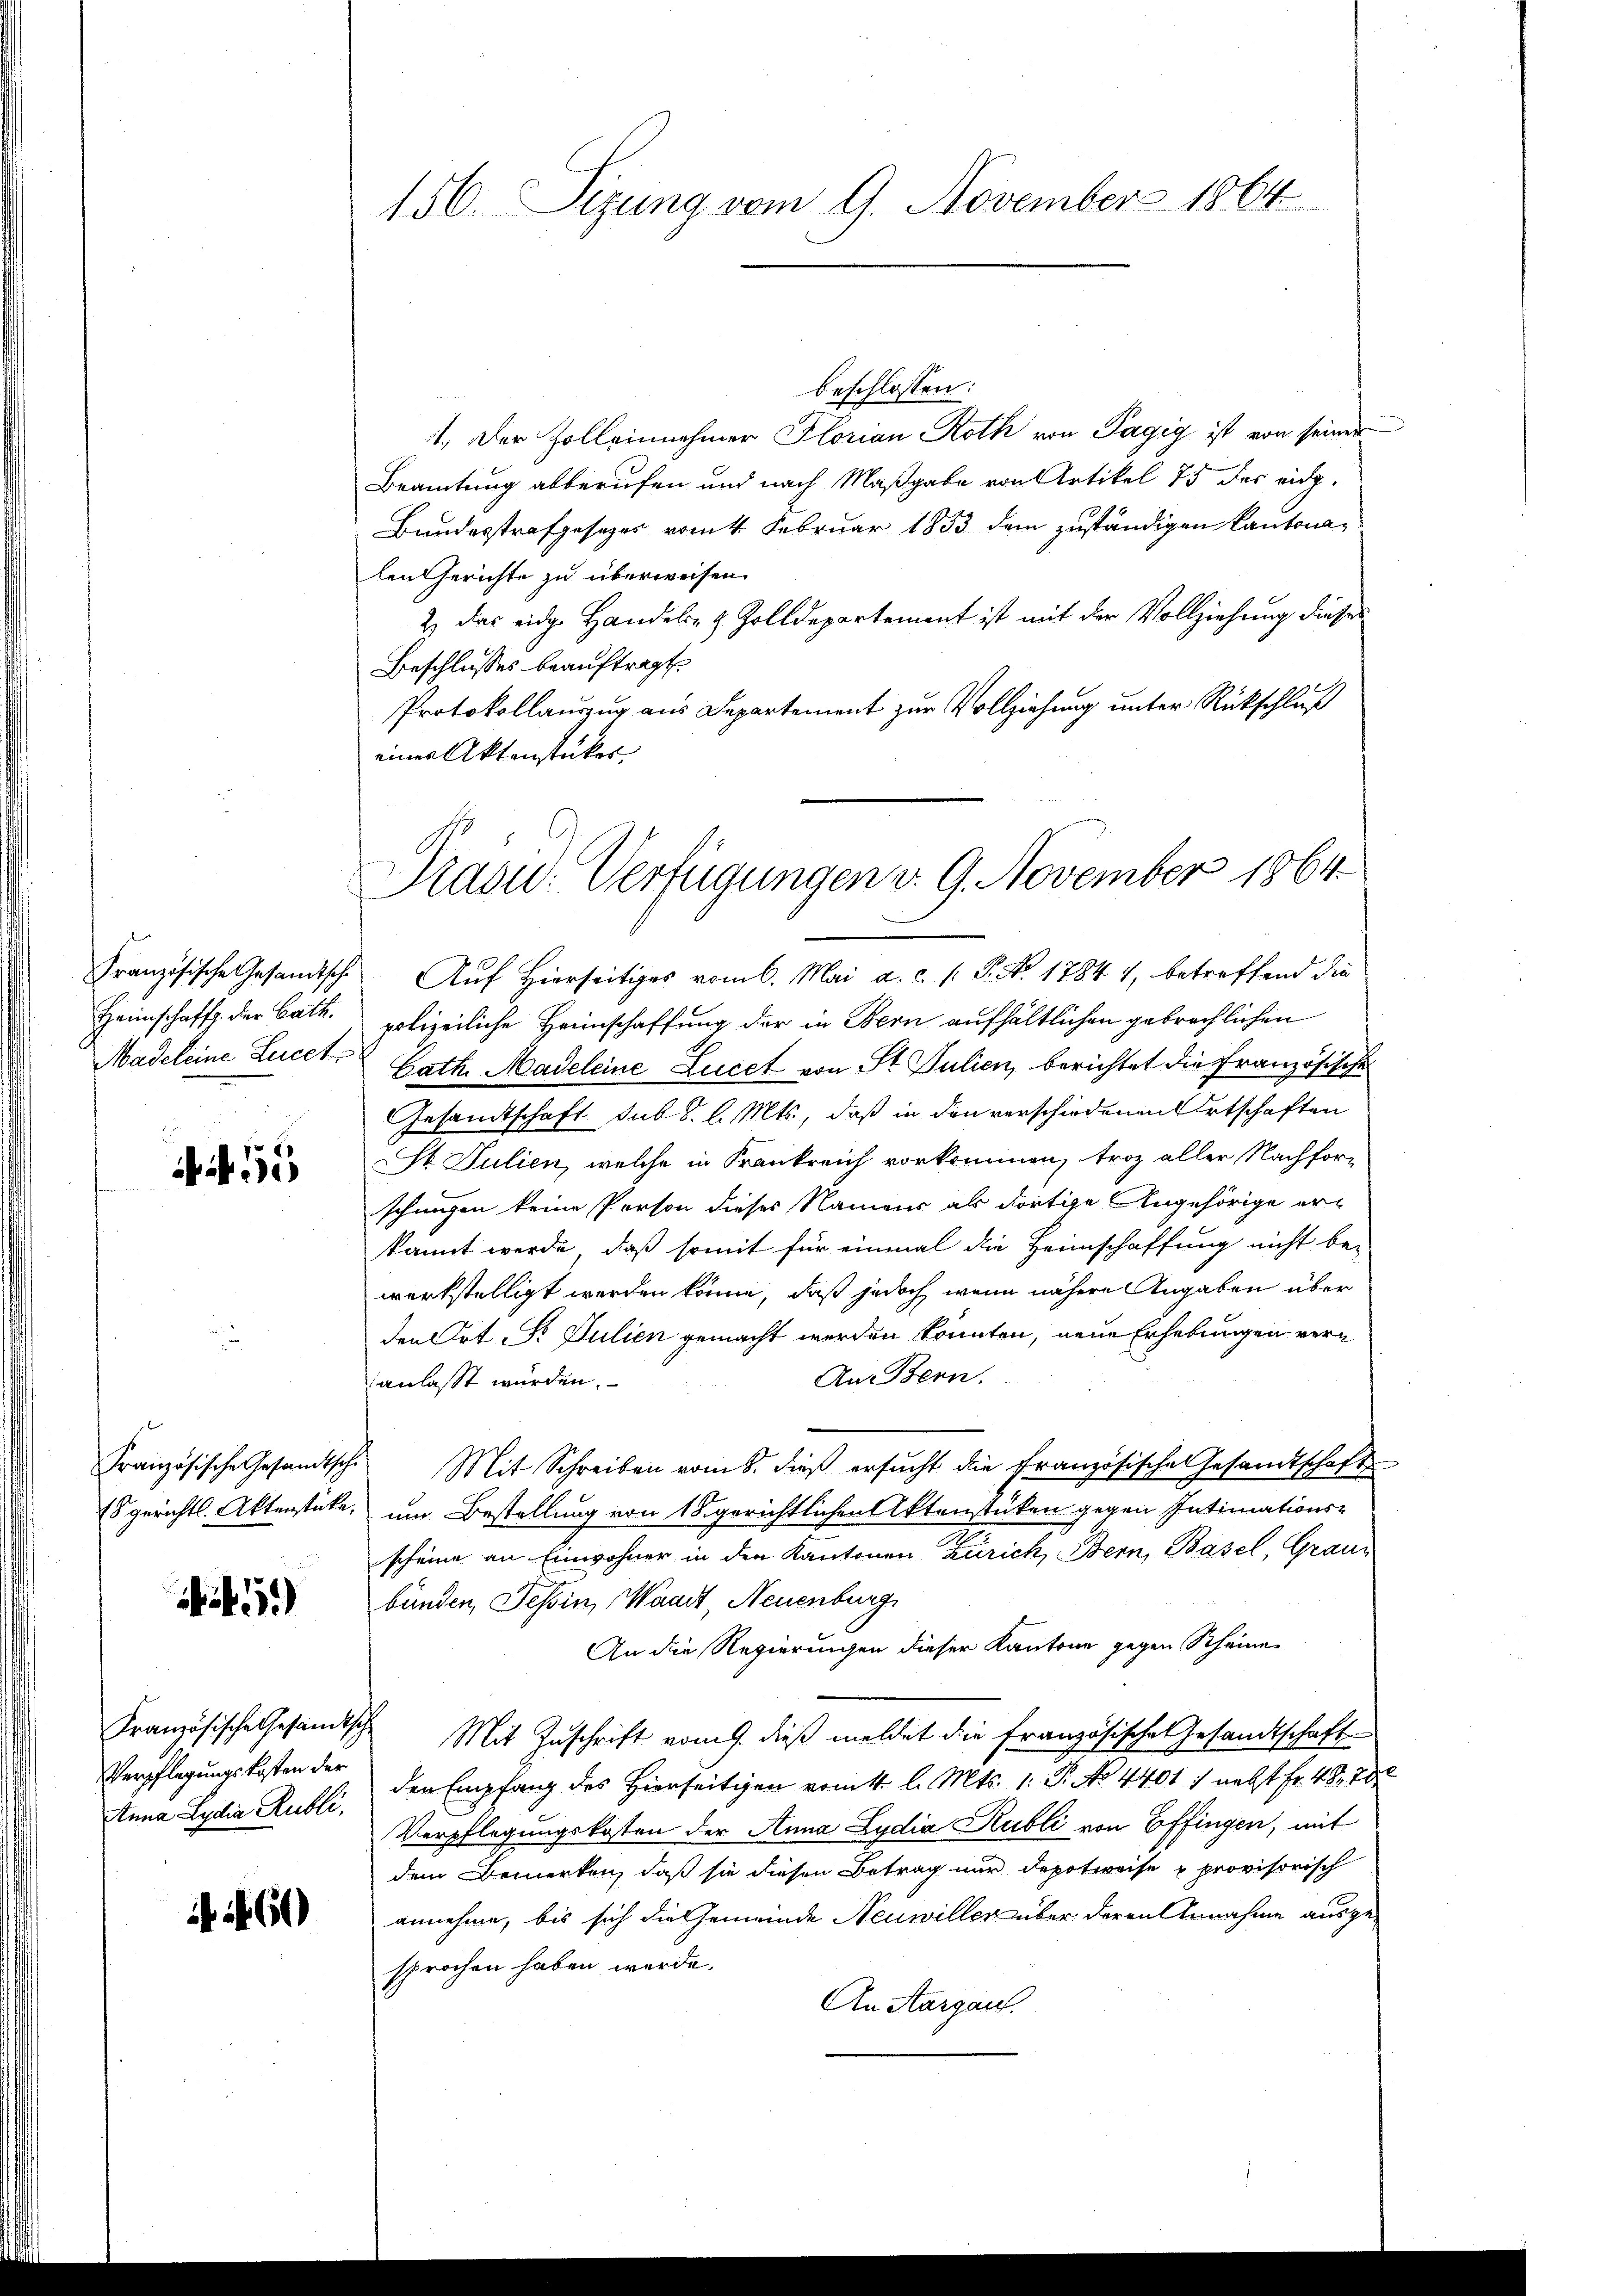
Heimschafft der Bath.

55

51)

Verpflegungskosten der
Anna Lydia Rubli,

1 60

156. Sizung vom 9. November 1864

Präsid.- Verfügungen v. 9. November 1864.

beschlossen:
1. Der Zolleinnehmer Glorian Roth von Pagig ist von seiner
Beamtung abberufen und nach Maßgabe von Artikel 75 des eidg.
Bundesstrafgesezes vom 4. Februar 1853 dem zuständigen Kantonalen Gerichte zu überweisen.
2) das eidge Handels- & Zolldepartement ist mit der Vollziehung dieses
Beschlusses beauftragt
Protokollauszug aus Departement zur Vollziehung unter Rückschluß
einer Aktenstücker
Französische Gesandtsche Auf Hierseitiges vom 6. Mai a. c. s. S. No. 1784 1, betreffend die
polizeiliche Heinschaffung der in Bern aufhältlichen gebrechlichen
Madeleine Lucet Rath Madeleine Lucet von St. Julien, berichtet die Französische
Gesandtschaft sub. S. l. Mts., daß in den verschiedenen Ortschaften
St. Julien, welche in Frankreich vorkommen, troz aller Nachforschaufen keine Person dieses Namens als dortige Angehörige erkannt werde, daß somit für einmal die Heimschaffung nicht bewerkstelligt werden könne, daß jedoch, wenn nähere Angaben über
den Ort S. Julien gemacht werden könnten, neue Erhebungen ver¬
An Bern.
anlasst würden.
Französische Gesandtsche Mit Schreiben vom 8. dieβ ersŭcht die Französische Gesandtschaft
Es gerichtl. Aktenstücke, um Bestellung von 18 gerichtlichen Aktenstücken gegen Intimationsscheine an Einwohner in den Kantonen Zürich, Bern, Basel, Graubünden, Tessin, Waadt, Neuenburg
An die Regierungen dieser Kantone gegen Scheinen
Französische Gesandtsche Mit Zuschrift vom 9. dieß meldet die französische Gesandtschaft
den Empfang des Hierseitigen vom 4. l. Mts. 1. P. No 4401) nebst Fr. 48, 28
Verpflegungskosten der Anna Lydia Hubli von Effingen, mit
dem Bemerken, daß sie diesen Betrag nur depotweise u provisorisch
annehme, bis sich die Gemeinde Neuwiller über deren Annahme ausgesprochen haben werde.
An Aargau.